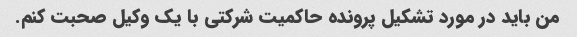
من باید در مورد تشکیل پرونده حاکمیت شرکتی با یک وکیل صحبت کنم.